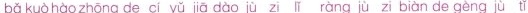
bǎ kuò hào zhōng de cí yǔ jiā dào jù zi lī ràng jù zi biàn de gèng jù tǐ